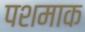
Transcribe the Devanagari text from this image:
पशमाक